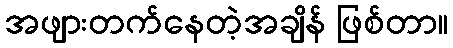
အဖျားတက်နေတဲ့အချိန် ဖြစ်တာ။